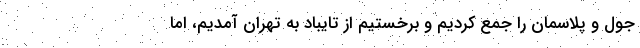
جول و پلاسمان را جمع کردیم و بَرخِستیم از تایباد به تهران آمدیم، اما